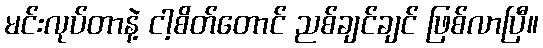
မင်းလုပ်တာနဲ့ ငါ့စိတ်တောင် ညစ်ချင်ချင် ဖြစ်လာပြီ။